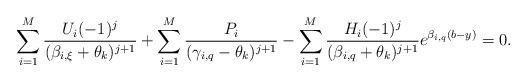
LaTeX: \begin{align*}\sum_{i=1}^{M}\frac{U_i(-1)^{j}}{(\beta_{i,\xi}+\theta_k)^{j+1}}+\sum_{i=1}^{M}\frac{P_i}{(\gamma_{i,q}-\theta_k)^{j+1}}-\sum_{i=1}^{M}\frac{H_i(-1)^j}{(\beta_{i,q}+\theta_k)^{j+1}}e^{\beta_{i,q}(b-y)}=0.\end{align*}